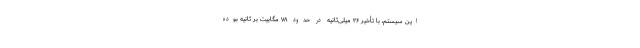
این سیستم، با تأخیر ۳۶ میلی‌ثانیه در حدود ۷۸ مگابیت بر ثانیه بوده